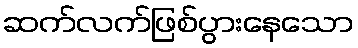
ဆက်လက်ဖြစ်ပွားနေသော